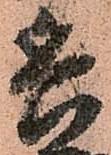
兵